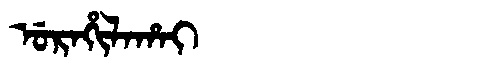
Manchu: ᡠᡵᠠᡥᡳᠯᠠᡥᠠᡳ
Romanization: URAHILAHAI